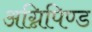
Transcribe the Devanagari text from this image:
अग्निपिण्ड